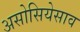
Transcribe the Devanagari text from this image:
असोसियेसाव